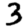
Digit: 3